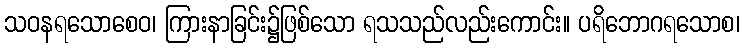
သဝနရသောစေဝ၊ ကြားနာခြင်း၌ဖြစ်သော ရသသည်လည်းကောင်း။ ပရိဘောဂရသောစ၊